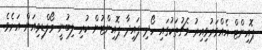
ޕޮއިންޓް އެއްވަރުވިއިރު މެޗުތަކުގައި ހޯދި ފައިދާ ޕޮއިންޓުން ކުރި ލިބުނީ މޯލްޑިވިއަން އަށެވެ.